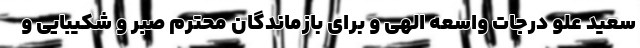
سعید علو درجات واسعه الهی و برای بازماندگان محترم صبر و شکیبایی و